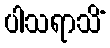
ပါသရာသိံ